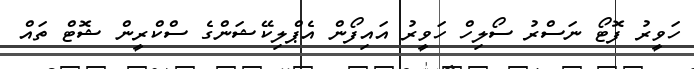
ހަވީރު ފޮޓޯ ނަސްރު ސޯލިހް ހަވީރު އައިފޯން އެޕްލިކޭޝަންގެ ސްކްރީން ޝޮޓް ތައް